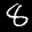
Label: 8